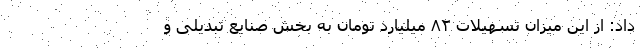
داد: از این میزان تسهیلات ۸۲ میلیارد تومان به بخش صنایع تبدیلی و